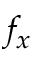
f _ { x }